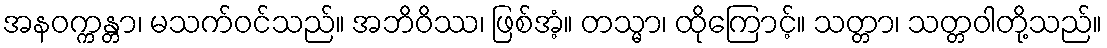
အနဝက္ကန္တာ၊ မသက်ဝင်သည်။ အဘိဝိဿ၊ ဖြစ်အံ့။ တသ္မာ၊ ထိုကြောင့်။ သတ္တာ၊ သတ္တဝါတို့သည်။